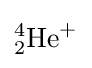
{}_{2}^{4}{\text{He}}^{+}